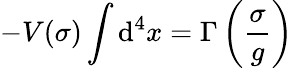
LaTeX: -V(\sigma)\int\mathrm{d}^{4}x=\Gamma\left(\frac{{\sigma}}{{g}}\right)